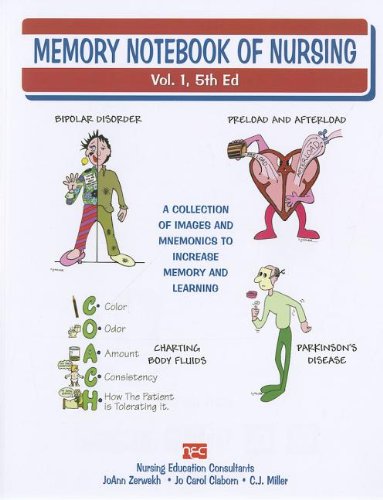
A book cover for Memory Notebook of Nursing Vol 1; JoAnn Zerwekh; Medical Books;